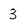
Character: 3